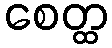
စေတ္ထ